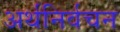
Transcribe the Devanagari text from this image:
अर्थनिर्वचन